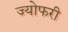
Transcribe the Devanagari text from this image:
ज्योफरी